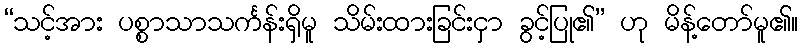
“သင့်အား ပစ္စာသာသင်္ကန်းရှိမူ သိမ်းထားခြင်းငှာ ခွင့်ပြု၏” ဟု မိန့်တော်မူ၏။